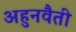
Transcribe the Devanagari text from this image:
अहुनवैती